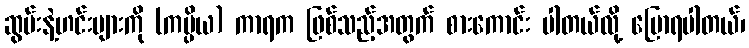
ဆွမ်းနဲ့ဟင်းများကို (ကပ္ပိယ) ကာရက ဖြစ်သည့်အတွက် စားကောင်း ပါတယ်လို့ ပြောရပါတယ်၊